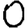
Digit: 0